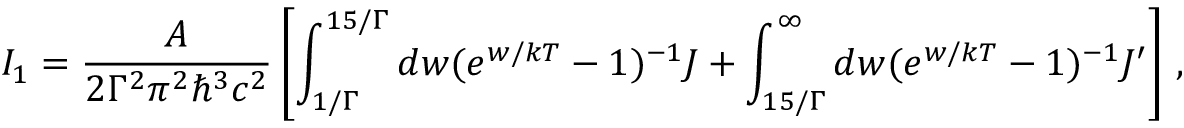
I _ { 1 } = \frac { { \cal A } } { 2 \Gamma ^ { 2 } \pi ^ { 2 } \hbar ^ { 3 } c ^ { 2 } } \left[ \int _ { 1 / \Gamma } ^ { 1 5 / \Gamma } d w ( e ^ { w / k T } - 1 ) ^ { - 1 } { \cal J } + \int _ { 1 5 / \Gamma } ^ { \infty } d w ( e ^ { w / k T } - 1 ) ^ { - 1 } { \cal J ^ { \prime } } \right] \, ,